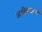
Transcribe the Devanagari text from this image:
अबीचंदाणी